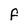
Character: F